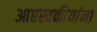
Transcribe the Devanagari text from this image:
आप्तस्वकीयांना